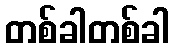
တစ်ခါတစ်ခါ